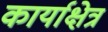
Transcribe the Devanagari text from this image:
कार्याक्षेत्र